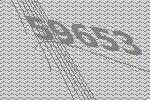
59653